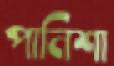
পানিশা